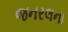
જનરલના